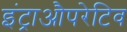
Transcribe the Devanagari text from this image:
इंट्राऔपरेटिव